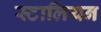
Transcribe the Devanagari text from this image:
स्टालियन